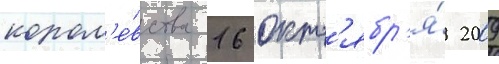
корол'е́вства 16 окт'ябр'я́ 2009